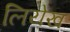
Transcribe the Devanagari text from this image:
लियेख